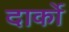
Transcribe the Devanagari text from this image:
दार्को